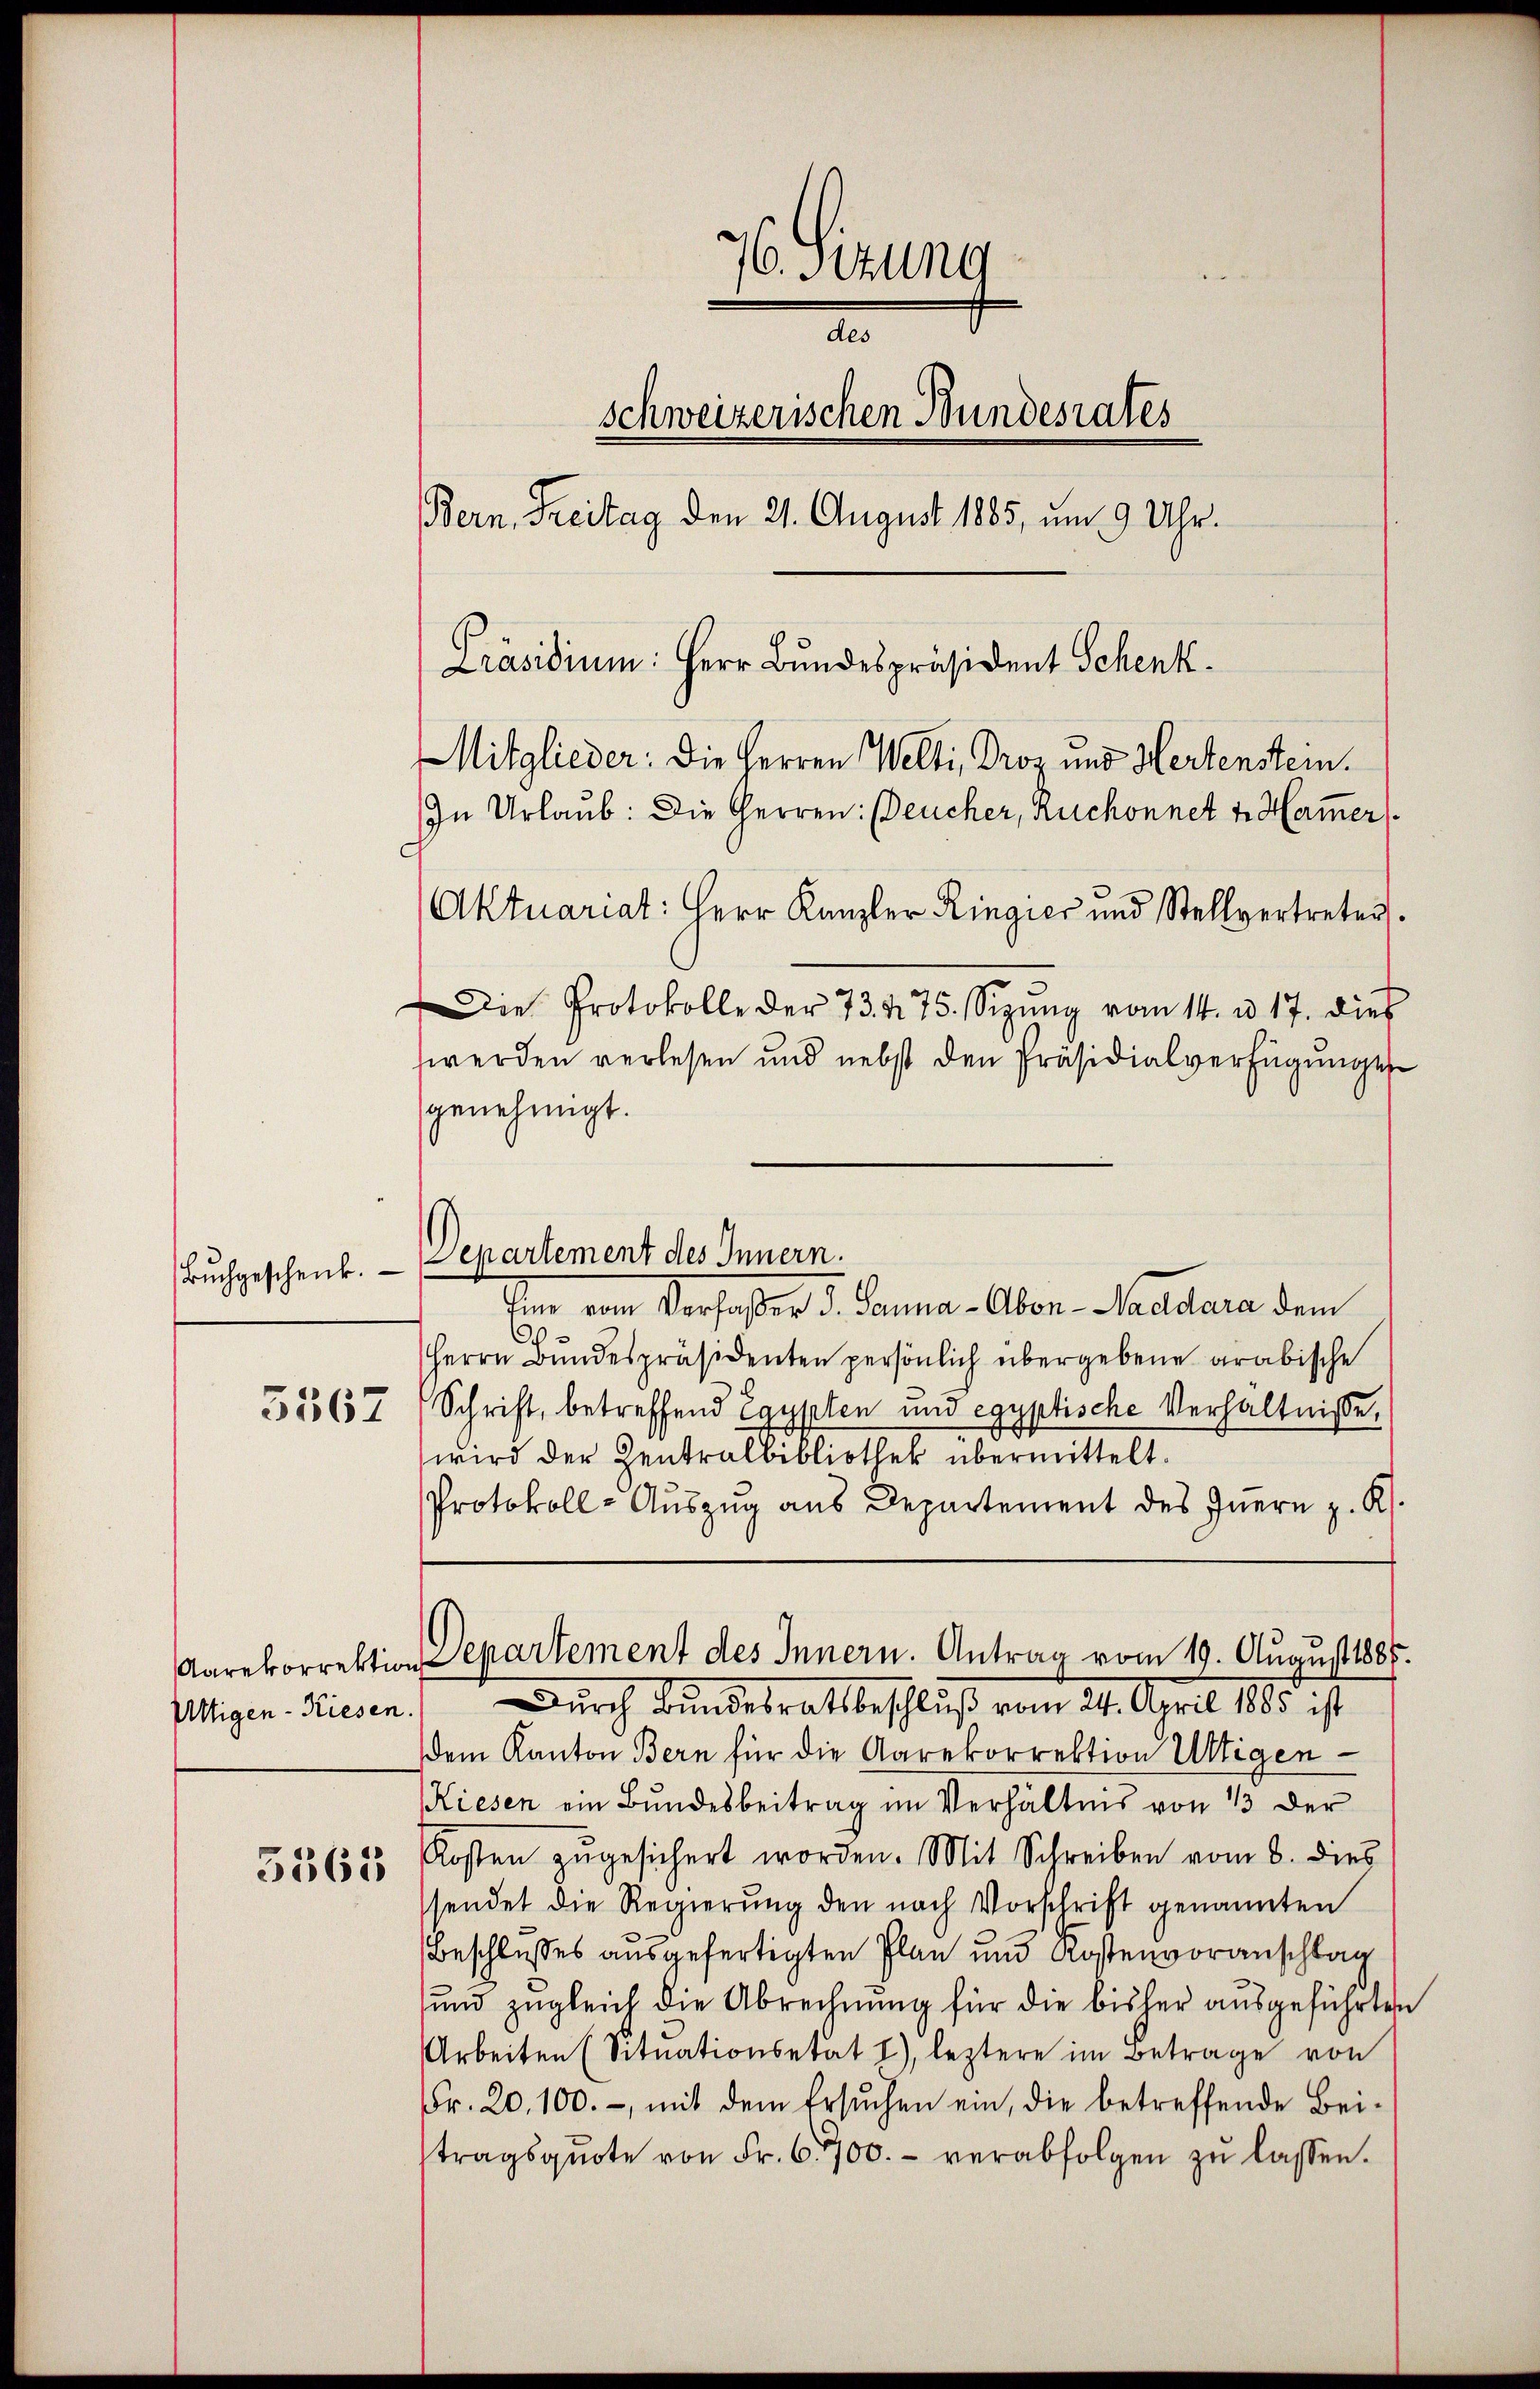
Bruchgeschenk.

3567

Uttigen - Riesen.

5365

76. Sizung
a
schweizerischen Bundesrates
Bern, Freitag den 21. August 1885, um 9 Uhr.
Präsidium: Herr Bundespräsident Schenk
Mitglieder: Die Herren Welti, Droz. und Hertenstein.
In Urlaub: Die Herren: Deucher, Ruchonnet v. Ham̅er
Aktuariat: Herr Kanzler Ringier und Stellvertreter.
Die Protokolle der 73. 4. 75. Seizŭng vom 14. u. 17. dies
werden verlesen und nebst den Präsidialverfügungen

genehmigt.
Departement des Innern.
Ein von Verfaßter d. Sonna. Aber, Madera dem
¬
.
Herrn Bundespräsidenten persönlich übergebene arabische
Schrift, betreffend Egypten und egyptische Verhältnisse,
wird der Zentralbibliothek übermittelt.
Protokoll- Aŭszŭg ans Departement des Iṅern z. R.
Aarekorrektion Separtement des Innern. Antrag vom 19. August 1887.
Durch Bundesratbeschluß vom 24. April 185. ist
dem Kanton Bern für die Aarekorrektion Ultigen
Kiesen ein Bundesbeitrag im Verhältnis von 1/3 der
Kosten zŭgesichert worden. Mit Schreiben vom 8. dies
sendet die Regierung den nach Vorschrift genannten
Beschlusses ausgefertigten Plan und Kostenvoranschlag
und zugleich die Abrechnung für die bisher ausgeführten
Arbeiten (Sitŭationsetat I), leztere im Betrage von
Fr. 20, 100.-, mit dem Ersuchen ein, die betreffende Bei-
tragsqŭote von Fr. 6700.- verabfolgen zŭ lassen.